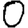
Digit: 0